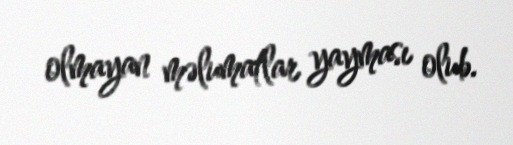
olmayan məlumatlar yayması olub.